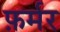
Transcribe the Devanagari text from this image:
फ़र्मर